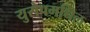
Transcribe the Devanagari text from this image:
युरोपमधिल